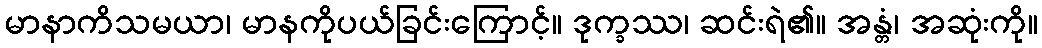
မာနာကိသမယာ၊ မာနကိုပယ်ခြင်းကြောင့်။ ဒုက္ခဿ၊ ဆင်းရဲ၏။ အန္တံ၊ အဆုံးကို။